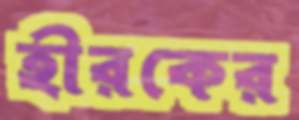
হীরকের